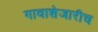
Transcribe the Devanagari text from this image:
गावाशेजारीच